Statistical return of the lunatic asylum in Assam - 1912-1932
Year: 1912
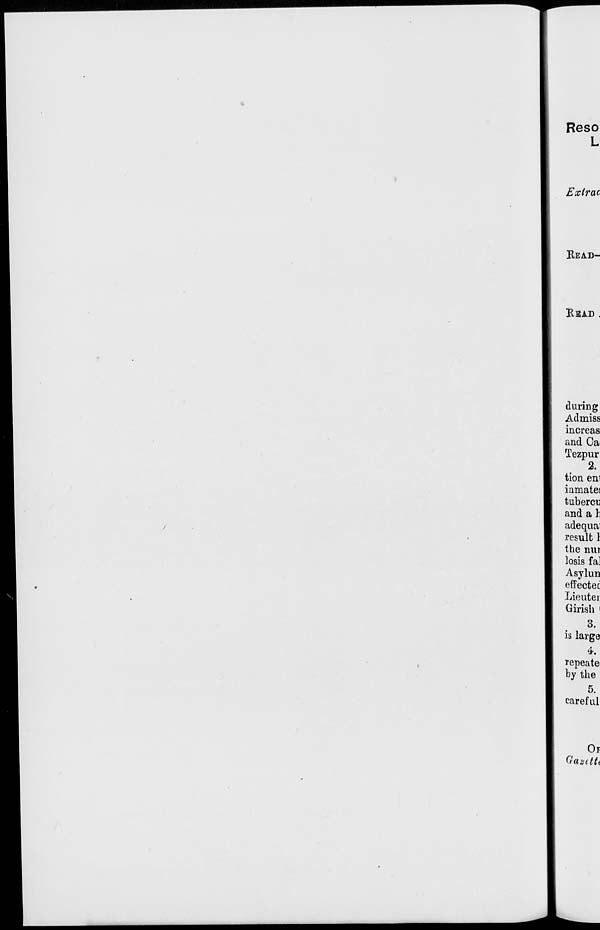
Reso
L
Exlrac
KEAD-
RBUD ,
during
Admiss
increas
and Ca
Tezpur
2.
tion enl
iamates
tubercu
and a h
adeqnai
result 1
the nur
losis fa]
Aaylun
effectec
Lieuter
Girish i
3.
is large
4.
repeate<
by the
5.
careful
OF
Gaadti